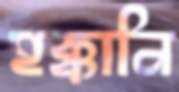
হক্কানি